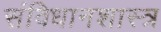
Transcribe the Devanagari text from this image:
संविधानशास्त्र